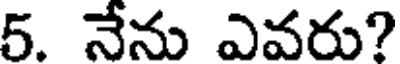
5. నేను ఎవరు?